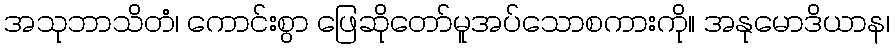
အသုဘာသိတံ၊ ကောင်းစွာ ဖြေဆိုတော်မူအပ်သောစကားကို။ အနုမောဒိယာန၊